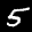
Label: 5